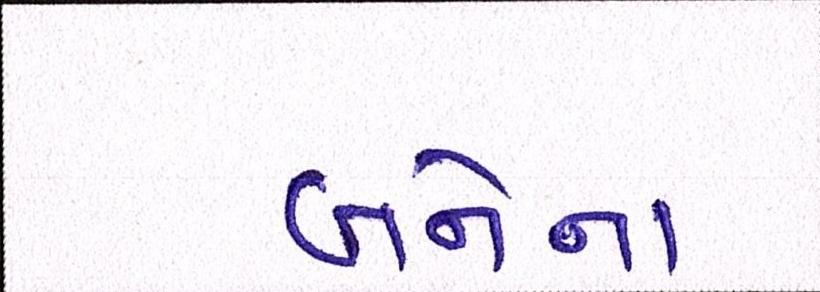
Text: બંનેનાં